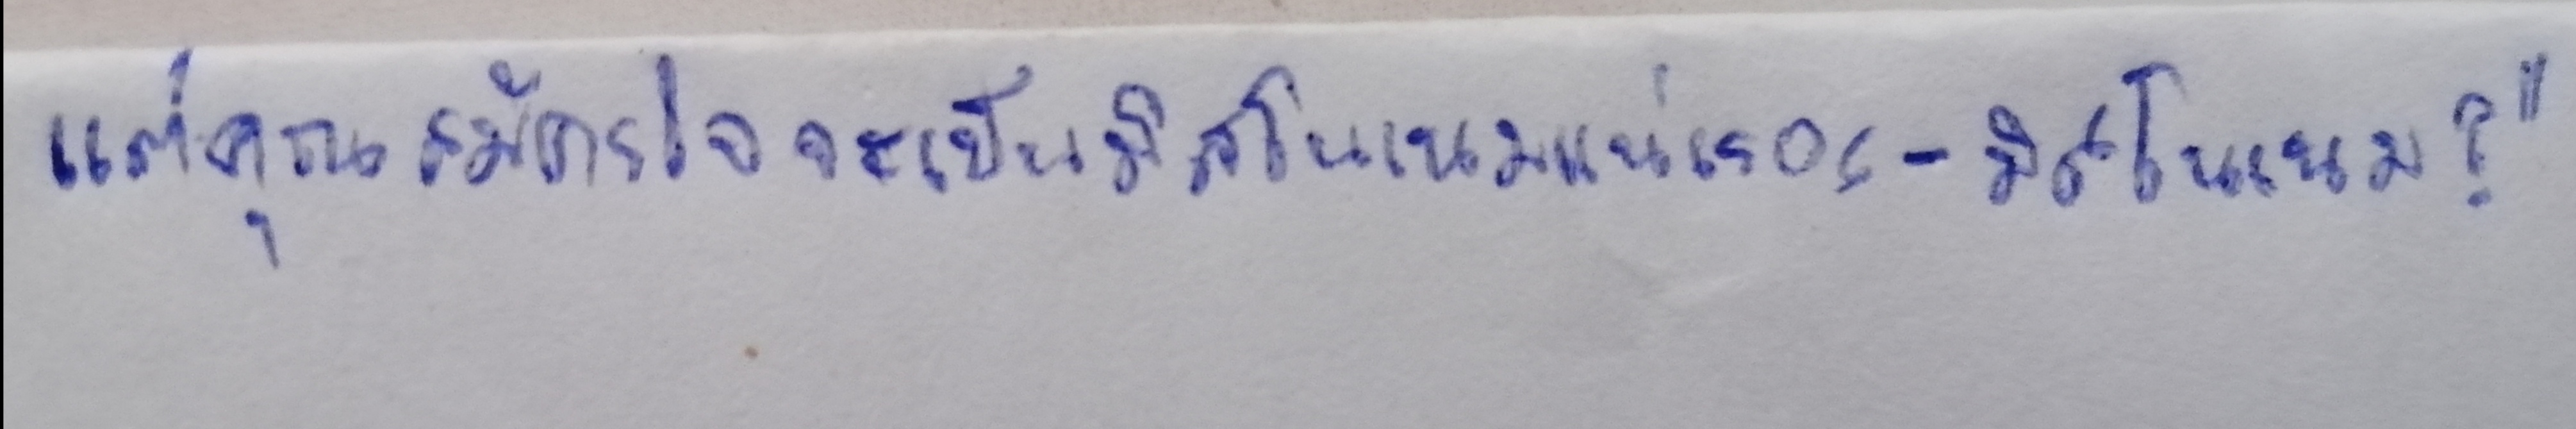
แต่คุณสมัครใจจะเป็นมิสโนเนมแน่เรอะ-มิสโนเนม?"